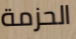
الحزمة